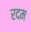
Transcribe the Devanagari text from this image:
रदम